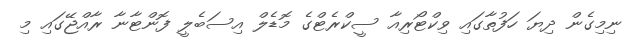
ނިމިގެން ދިޔަ ހަފުތާގައި ވިކްޓޯރިއާ ސީކްރެޓްގެ މޮޑެލް އިސަބެލީ ފޮންޓާނާ ރާއްޖޭގައި މި